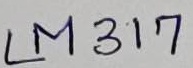
Text: LM317